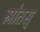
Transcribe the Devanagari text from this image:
स्रोतस्